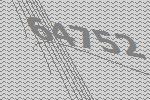
64752